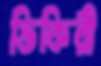
ভিকিরী